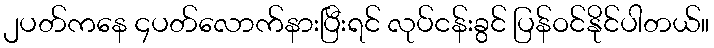
၂ပတ်ကနေ ၄ပတ်လောက်နားပြီးရင် လုပ်ငန်းခွင် ပြန်ဝင်နိုင်ပါတယ်။